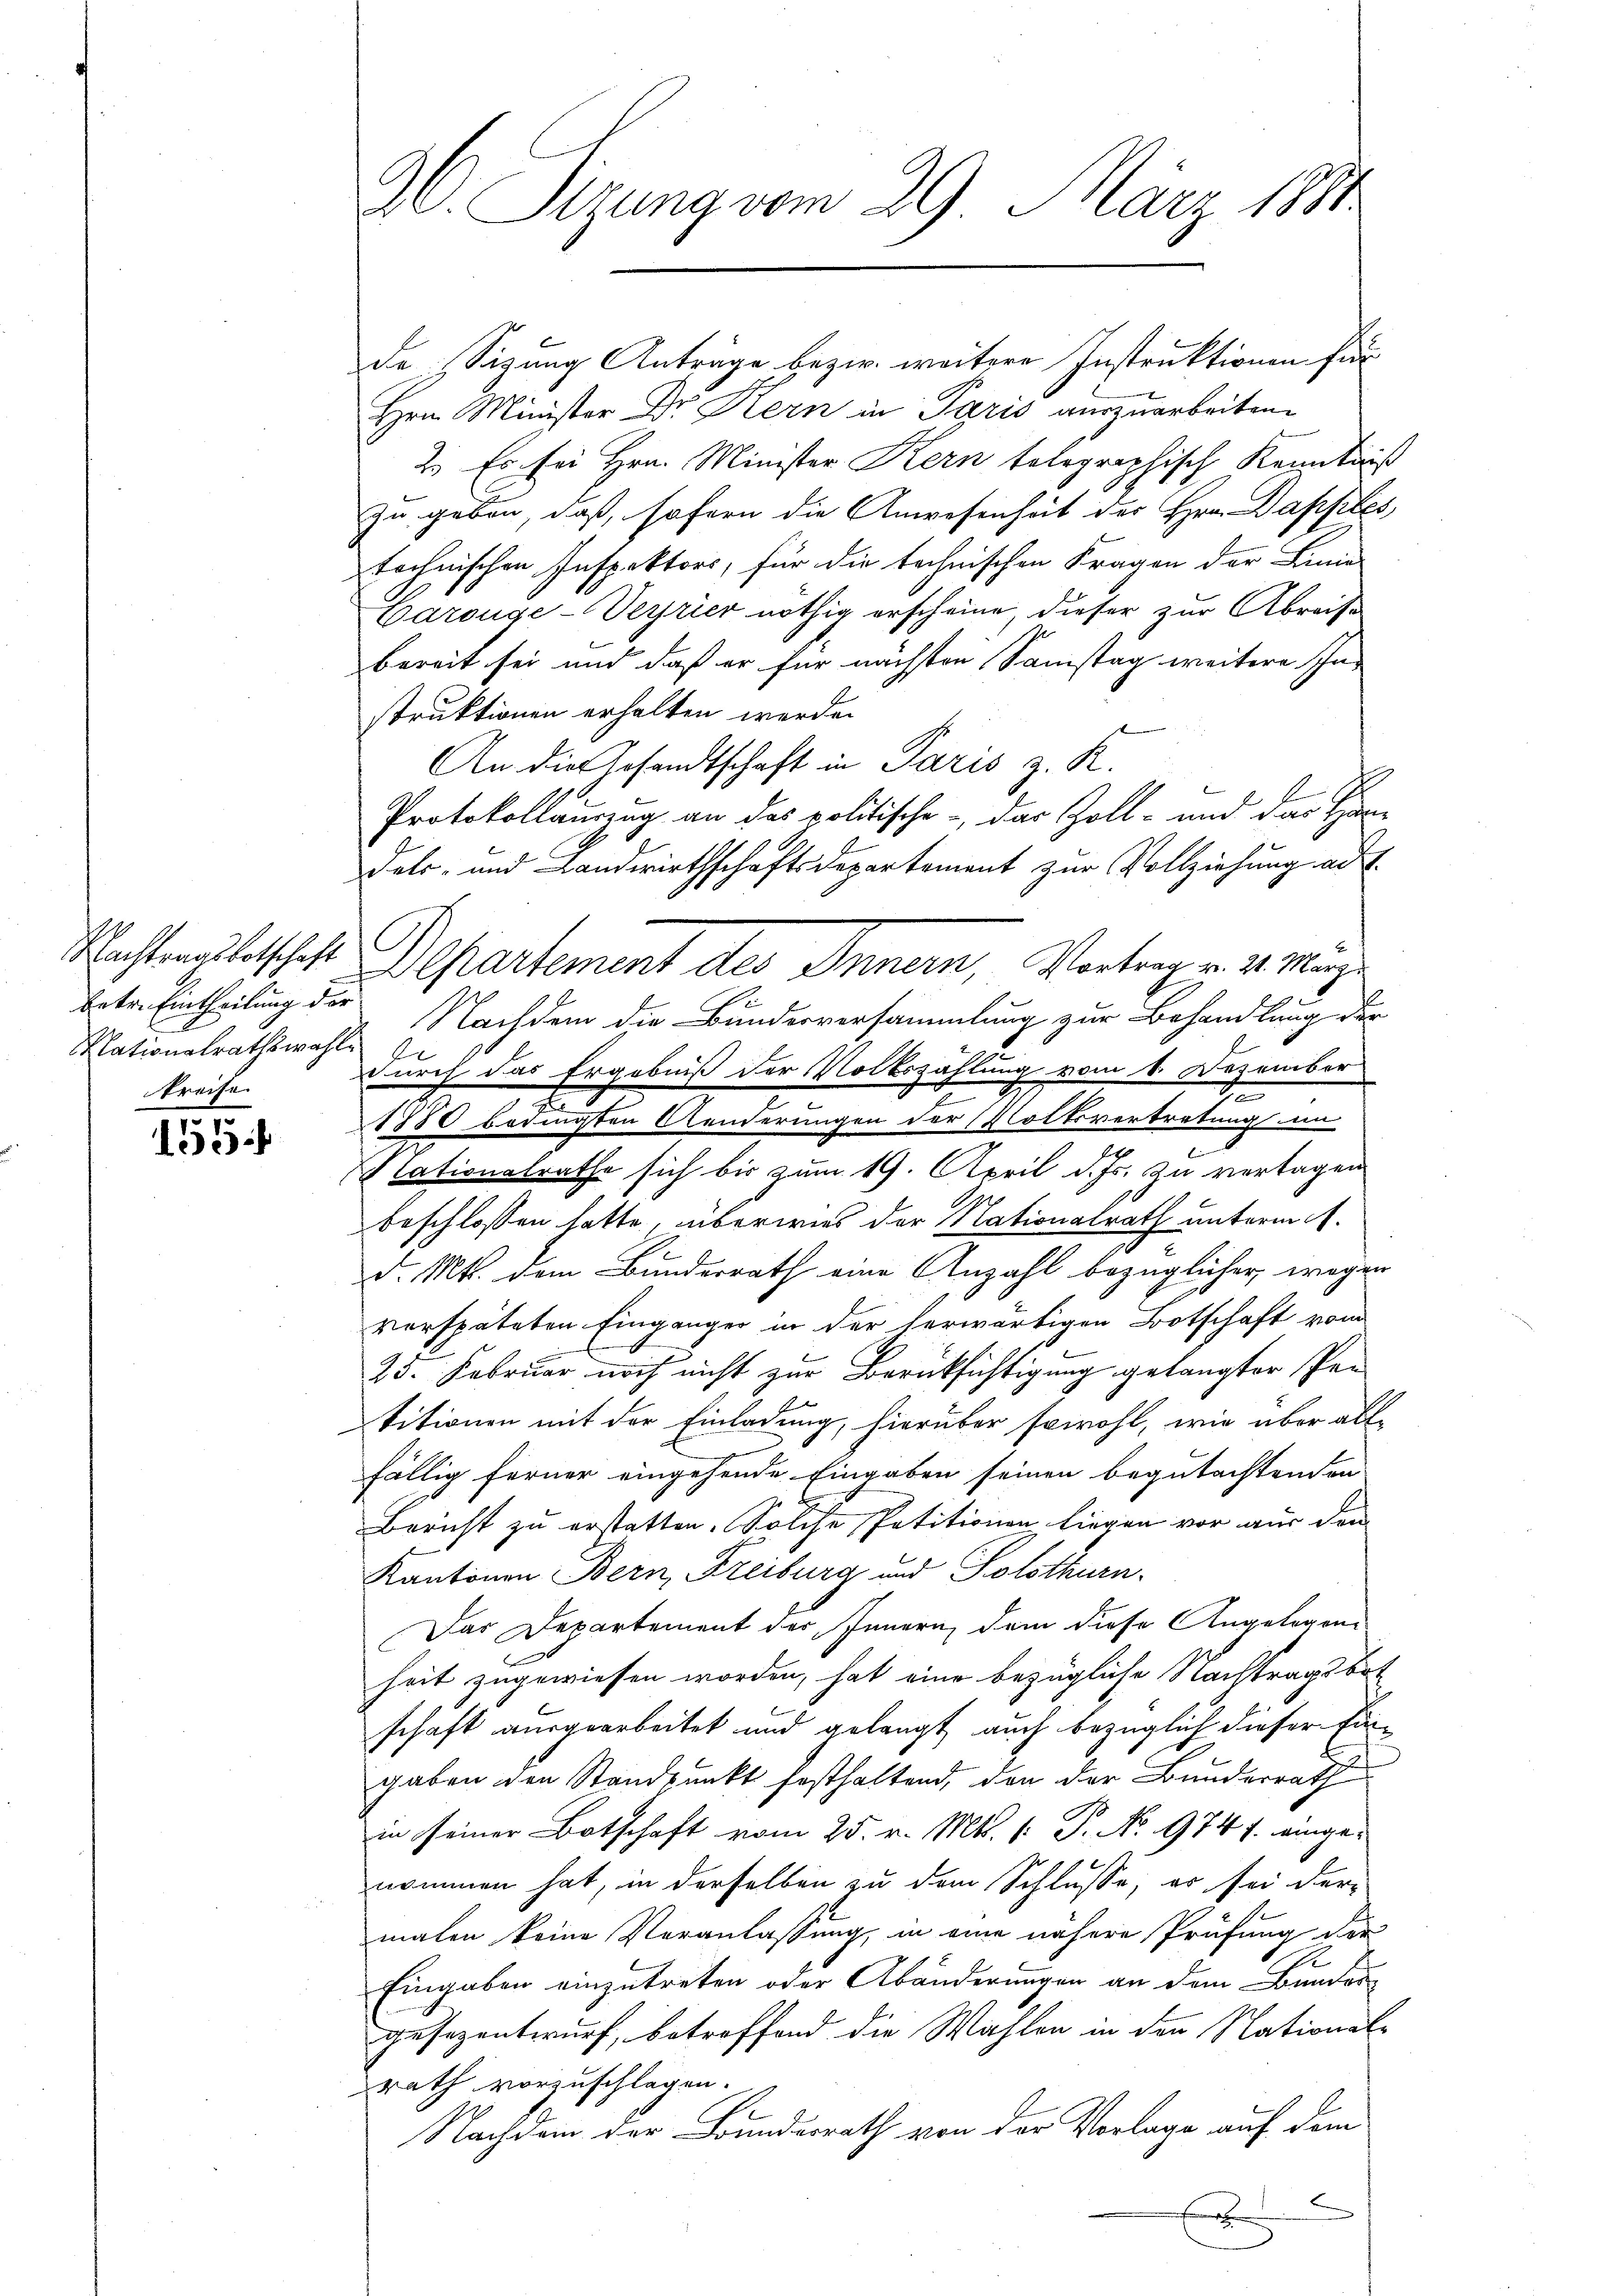
betr. Eintheilung der
Mationalrathswahle
Preise.

155

96. Sizung vom 29. März 1881

de Sigung Anträge bezw. weitere Instruktionen für
Hrn. Minister Dr. Kern in Paris auszuarbeiten.
2.) Es sei Hrn. Minister Kern telegraphisch Kenntniß
zu geben, daß, sofern die Anwesenheit des Hrn. Dapples,
technischen Inspektors, für die technischen Fragen der Lina
Carouge-Veyrier nöthig erscheine, dieser zur Abreise
bereit sei und daß er für nächsten Samstag weitere Schastruktionen erhalten werden
An die Gesandtschaft in Paris z. K.
Protokollauszug an das politische - das Zoll- und das Han¬
Dehr- und Landwirthschaftsdepartement zur Vollziehung ad 1.
Nachtmahletschaft Departement des Innern, Vortrag v. 4. März
Nachdem die Bundesversammlung zur Behandlung der
Durch das Ergebniß der Volkszählung vom 4. Dezember
7
.
1880 bedingten Aenderungen der Volksvertretung in
Nationalrathe sich bis zum 19. April d. Js. zu vertagen
beschlossen hatte, überwies der Nationalrath unterm 4.
d. Mts. dem Bundesrath eine Anzahl bezüglicher wegen
verspäteten Eingänger in der herwärtigen Botschaft vom
25. Februar noch nicht zur Berücksichtigung gelangter Per
titionen mit der Einladung, hierüber sowohl, wie über all-
fällig ferner eingehende Eingaben seinen begutachtenden
Bericht zu erstatten. Solche Petitionen liegen vor aus den
Kantonen Bern, Freiburg und Solothurn.
Das Departement der Innern, dem diese Angelegenheit zugewiesen worden, hat eine bezügliche Nachtragsbot
schaft ausgearbeitet und gelangt auch bezüglich dieser Eingaben den Standpunkt festhaltend, den der Bunderrath
in seiner Botschaft vom 25. v. Mts. (: P. No. 974 f. eingenommen hat, in derselben zu dem Schlusse, er sei der-
malen keine Veranlassung, in eine nähere Prüfung der
Eingaben einzutreten oder Abänderungen an dem Bundergesezentwurf, betreffend die Wahlen in den National-
rath vorzuschlagen.
Nachdem der Bundesrath von der Vorlage auf dem
x
h